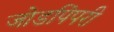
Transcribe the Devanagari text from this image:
जोडपिंपरी